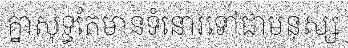
គ្នាសុទ្ធតែមានទំនោរទៅជាមនុស្ស